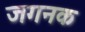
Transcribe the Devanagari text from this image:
जगनक